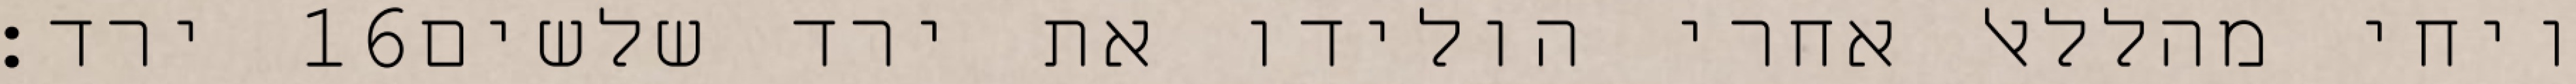
ירד׃ ‎16‏ ויחי מהללאל אחרי הולידו את ירד שלשים